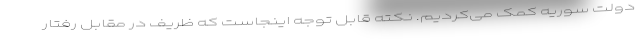
دولت سوریه کمک می‌کردیم. نکته قابل توجه اینجاست که ظریف در مقابل رفتار